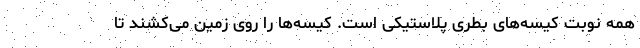
همه نوبت کیسه‌های بطری پلاستیکی است. کیسه‌ها را روی زمین می‌کشند تا